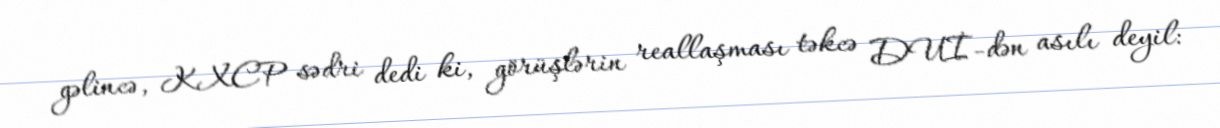
gəlincə, KXCP sədri dedi ki, görüşlərin reallaşması təkcə DUİ-dən asılı deyil: